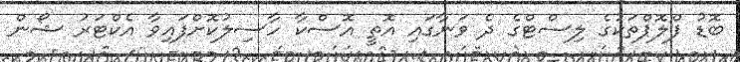
ބޮޑު ފްލޮޕްތަކުގެ ލިސްޓްގެ ދެ ވަނާގައި އޮތީ އޮސްކާ ހާސިލުކޮށްފައިވާ އެކްޓަރު ޝޯން